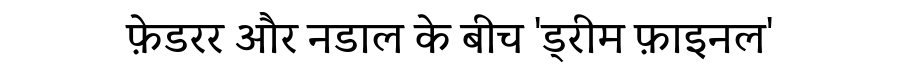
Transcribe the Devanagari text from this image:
फ़ेडरर और नडाल के बीच 'ड्रीम फ़ाइनल'